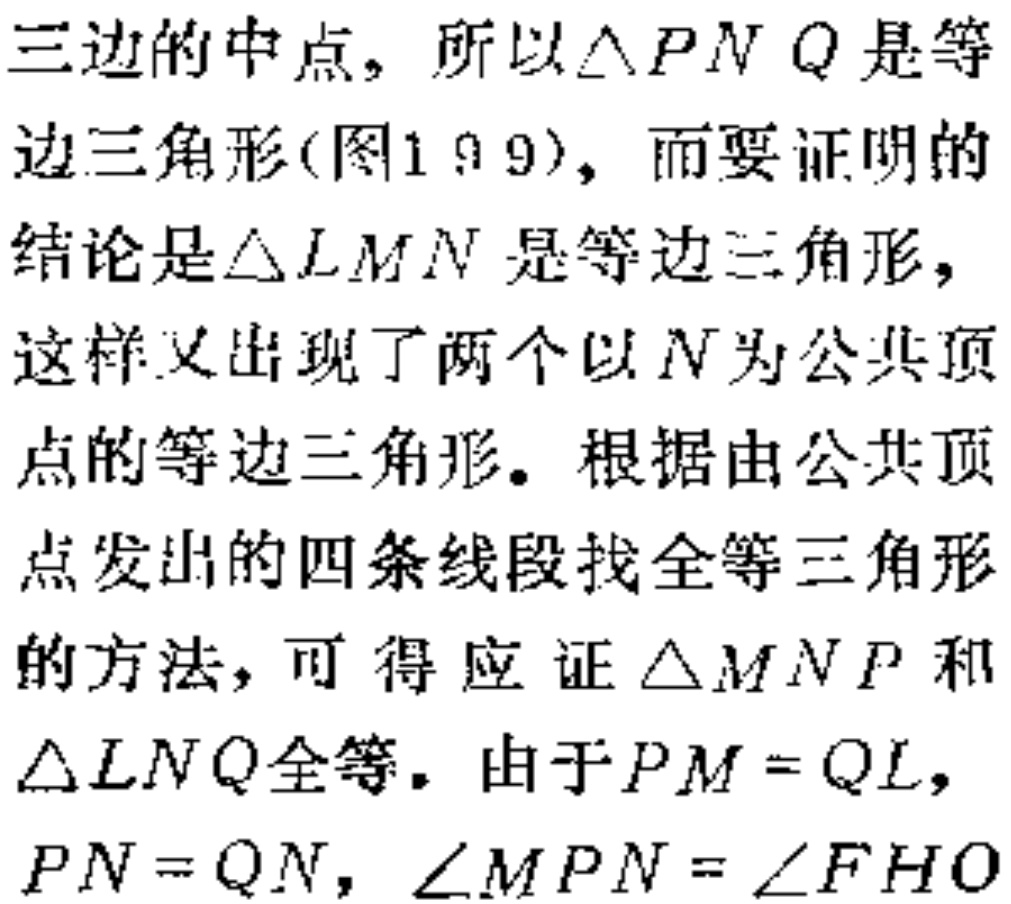
三边的中点，所以$\triangle PNQ$是等边三角形(图199)，而要证明的结论是$\triangle LMN$是等边三角形，这样又出现了两个以$N$为公共顶点的等边三角形。根据由公共顶点发出的四条线段找全等三角形的方法，可得应证$\triangle MNP$和$\triangle LNQ$全等。由于$PM = QL$，$PN = QN$，$\angle MPN = \angle FHO$